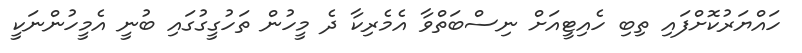
ހައްޔަރުކޮށްފައި ތިބި ހެއިޓީއަށް ނިސްބަތްވާ އެމެރިކާ ދެ މީހުން ތަހުގީގުގައި ބުނީ އެމީހުންނަކީ